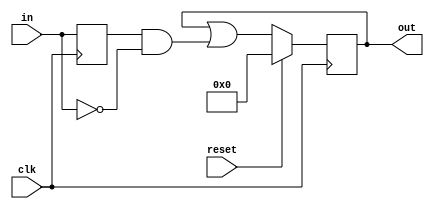
module top_module (
    input clk,
    input reset,
    input [31:0] in,
    output [31:0] out
);
    reg [31:0] prev = 32'h0000;

    always @(posedge clk) begin
        out <= reset ? 32'h0000 : out|prev&(~in);
        prev <= in;
    end

endmodule